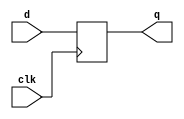
/*
* D-Flip Flop module
*/

module programCounter
   (
    input [31:0] d,
    input  clk,
    output reg [31:0] q
    );

   always @(posedge clk) begin
        q <= d;
    end

    initial begin
      q = 32'b0;
    end
endmodule